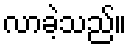
လာခဲ့သည်။